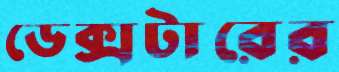
ডেক্সটারের